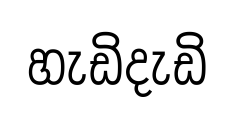
හැඩිදැඩි